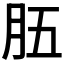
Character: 𦙗